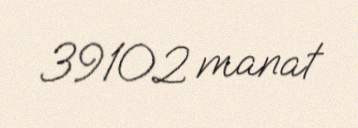
39102 manat